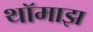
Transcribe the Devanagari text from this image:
थॉमाझ